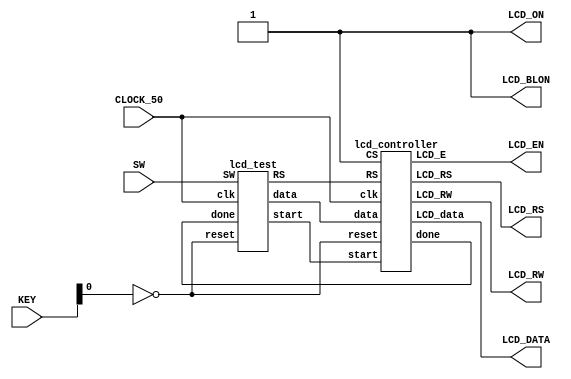
module textlcd(CLOCK_50, KEY, SW,LCD_RS, LCD_RW, LCD_EN, LCD_DATA, LCD_ON, LCD_BLON);
	input CLOCK_50; 
	input [3:0] KEY; 
	input [7:0] SW;
	output LCD_RS, LCD_RW, LCD_EN;
	output [7:0] LCD_DATA;
	output LCD_ON, LCD_BLON;
	wire start, RS, done;
	wire [7:0] data;
	wire CS = 1'b1;
	wire clk_50 = CLOCK_50;
	wire reset = ~KEY[0];
	lcd_test u1 (clk_50, reset, SW[7:0] ,start, RS, data, done);
	lcd_controller u2 (clk_50, reset, start, CS, RS, data, done, LCD_RS, LCD_RW, LCD_EN, LCD_DATA);
	assign LCD_ON = 1'b1;
	assign LCD_BLON = 1'b1;
endmodule
module lcd_controller(clk, reset, start, CS, RS, data, done, LCD_RS, LCD_RW, LCD_E, LCD_data);
	
	input clk; 
	input reset, start;
	input CS, RS;
	input [7:0] data;
	output done;
	
	output LCD_RS, LCD_RW, LCD_E;
	output [7:0] LCD_data;
	reg [2:0] state;
	reg [3:0] count;
	localparam S0=0, S1=1, S2=2, S3=4, S4=3;
	localparam PW_E = 12; 
	assign LCD_RS = RS; 
	assign LCD_RW = 1'b0; 
	assign LCD_data = data; 
	always @(posedge clk or posedge reset) begin
	if (reset) state <= S0;
	else
		case (state)
			S0: if (start & CS) state <= S1;
			S1: state <= S2;
			S2: begin state <= S3; count <= PW_E - 1; end
			S3: if (count == 0) state<= S4;
			else count <= count - 1;
			S4: state <= S0;
			default: state <= S0;
		endcase
	end
	assign LCD_E = (state==S3);
	assign done = (state==S4);
endmodule

module lcd_test(clk, reset, SW,start, RS, data, done);
	input clk;
	input reset;
	input [7:0] SW;
	output start, RS;
	output [7:0] data;
	input done;

	reg [5:0] index;
	reg [7:0] data;
	reg [1:0] state;
	reg [17:0] count;
	reg RS, halt, jump;
	wire start;

	localparam DELAY = 4_100_000 / 20;
	localparam INIT = 0;
	localparam LINE1 = INIT + 4;
	localparam LINE2 = LINE1 + 2;
	localparam LAST = LINE2 + 2;
	localparam S0=0, S1=1, S2=2, S3=3;
	always @(posedge clk or posedge reset) begin
		 if (reset) begin
			  state <= S0;
			  count <= 0;
			  index <= INIT;
		 end
		 else begin
			  case (state)
					S0: if (~halt) state <= S1;
					S1: state <= S2;
					S2: if (done) begin
						 state <= S3;
						 if(jump) index <= LINE1;
						 else index <= index + 1;
						 count <= DELAY;
					end
					S3: if (count == 0) state <= S0;
						 else count <= count - 1;
					default: state <= S0;
			  endcase
		 end
	end

	assign start = (state == S1);
	always @* begin
		 data = 8'b0;
		 halt = 0; jump = 0;
		 RS = 1;
		 case (index)
			  INIT:       begin data = 8'b0011_1100; RS = 0; end
			  INIT+1:     begin data = 8'b0000_1100; RS = 0; end
			  INIT+2:     begin data = 8'b0000_0110; RS = 0; end
			  INIT+3:     begin data = 8'b0000_0001; RS = 0; end
			  
			  LINE1:      begin data = 8'b1000_0000; RS = 0; end
			  LINE1+1:    data = (SW[7:4]< 10)?{4'b0011,SW[7:4]} : "*";
			  
			  LINE2:      begin data = 8'b1100_0000; RS = 0; end
			  LINE2+1:    begin data = (SW[3:0]< 10)?{4'b0011,SW[3:0]} : "*"; jump = 1;end
			  
			  
			  LAST:       halt = 1;
			  default:    halt = 1;
		 endcase
	end
endmodule